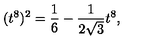
( t ^ { 8 } ) ^ { 2 } = \frac { 1 } { 6 } - \frac { 1 } { 2 \sqrt { 3 } } t ^ { 8 } ,